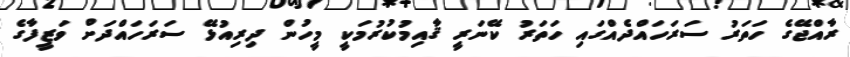
ރާއްޖޭގެ ހަތަރު ސަރަހައްދެއްގައި ހަތަރު ކޭނަރީ ޤާއިމުކުރުމަކީ މީހުން ދިރިއުޅޭ ސަރަހައްދަށް ވަޒީފާގެ